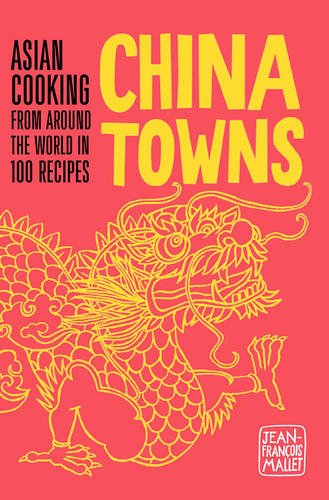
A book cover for China Towns: Asian Cooking from Around the World in 100 Recipes; Jean-Francois Mallet; Cookbooks, Food & Wine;